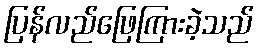
ပြန်လည်ဖြေကြားခဲ့သည်